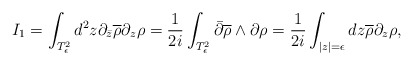
\begin{align*}I_{1}=\int_{T_{\epsilon}^{2}} d^{2}z \partial_{\bar{z}}\overline{\rho}\partial_{z}\rho = \frac{1}{2i}\int_{T_{\epsilon}^{2}}\bar{\partial}\overline{\rho}\wedge\partial \rho = \frac{1}{2i}\int_{|z|=\epsilon}dz\overline{\rho}\partial_{z}\rho ,\end{align*}